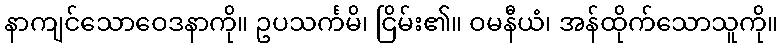
နာကျင်သောဝေဒနာကို။ ဥပသင်္ကမိ၊ ငြိမ်း၏။ ဝမနီယံ၊ အန်ထိုက်သောသူကို။